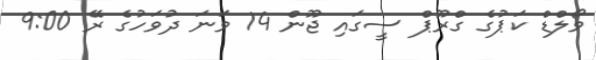
ވޯލްޑް ކަޕުގެ ގްރޫޕް ސީގައި ޖޫން 14 ވަނަ ދުވަހުގެ ރޭ 9:00